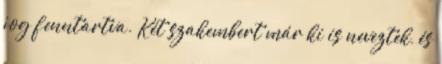
jog fenntartva. Két szakembert már ki is neveztek, és